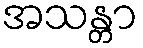
အသန္တာ